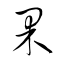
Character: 果